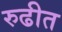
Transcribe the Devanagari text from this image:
रुढीत